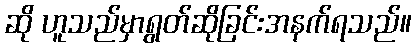
ဆို ဟူသည်မှာရွတ်ဆိုခြင်းအနက်ရသည်။